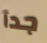
جدآ